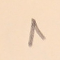
٨